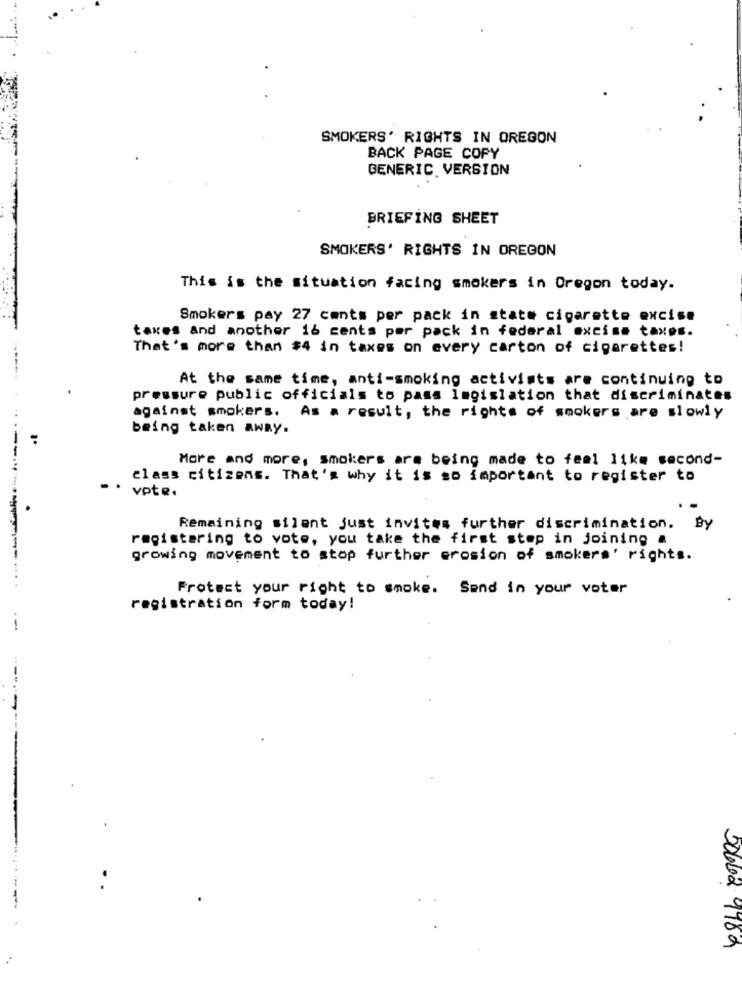
SMOKERS' RIGHTS IN OREGON
BACK PAGE COPY
GENERIC VERSION
BRIEFING SHEET
SMOKERS' RIGHTS IN OREGON
This is the situation facing smokers in Oregon today.
Smokers pay 27 cents per pack in state cigarette excise
taxes and another 16 cents per pack in federal excise taxes.
That's more than $4 in taxes on every carton of cigarettes!
At the same time, anti-smoking activists are continuing to
pressure public officials to pass legislation that discriminates
against smokers. As a result, the rights of smokers are slowly
being taken AWRY.
:
More and more, smokers are being made to feel 11km second-
class citizens. That's why it is so important to register to
vote.
Remaining silent just invites further discrimination. By
registering to vote, you take the first step in joining a
growing movement to stop further erosion of smokers' rights.
Protect your right to smoke. Send in your voter
registration form today!
-
200602 9989